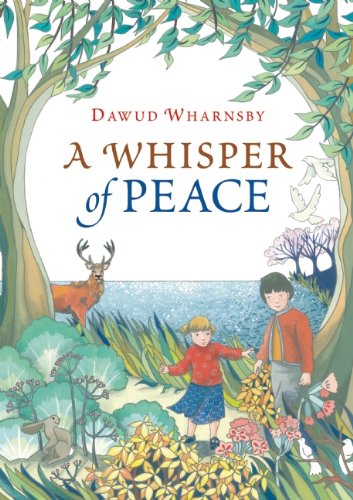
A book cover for A Whisper of Peace; Dawud Wharnsby; Children's Books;